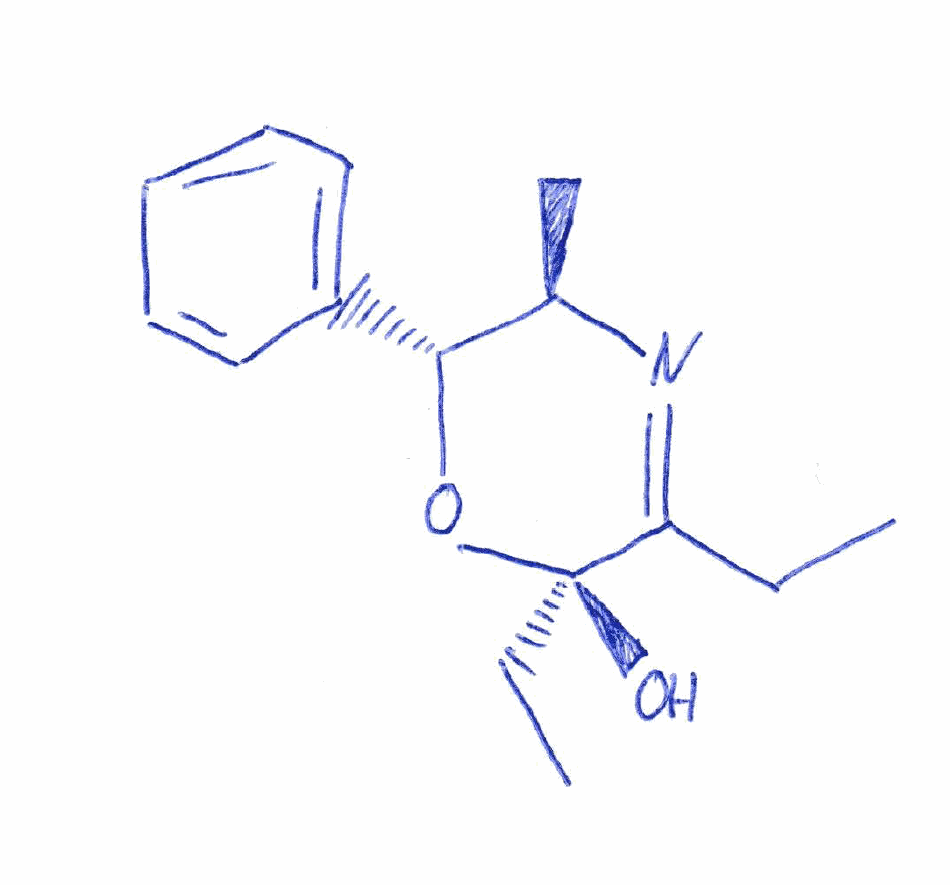
Simplified molecular-input line-entry system (SMILES) notation of the given molecule:
CCC1=N[C@@H]([C@H](O[C@]1(CC)O)C2=CC=CC=C2)C